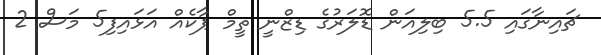
ޗައިނާގައި 5.5 ބިލިއަން ޑޮލަރުގެ ޑިޒްނީ ތީމް ޕާކެއް އަޅައިފި5 މަސް 2